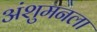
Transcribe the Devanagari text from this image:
अंशुमनला